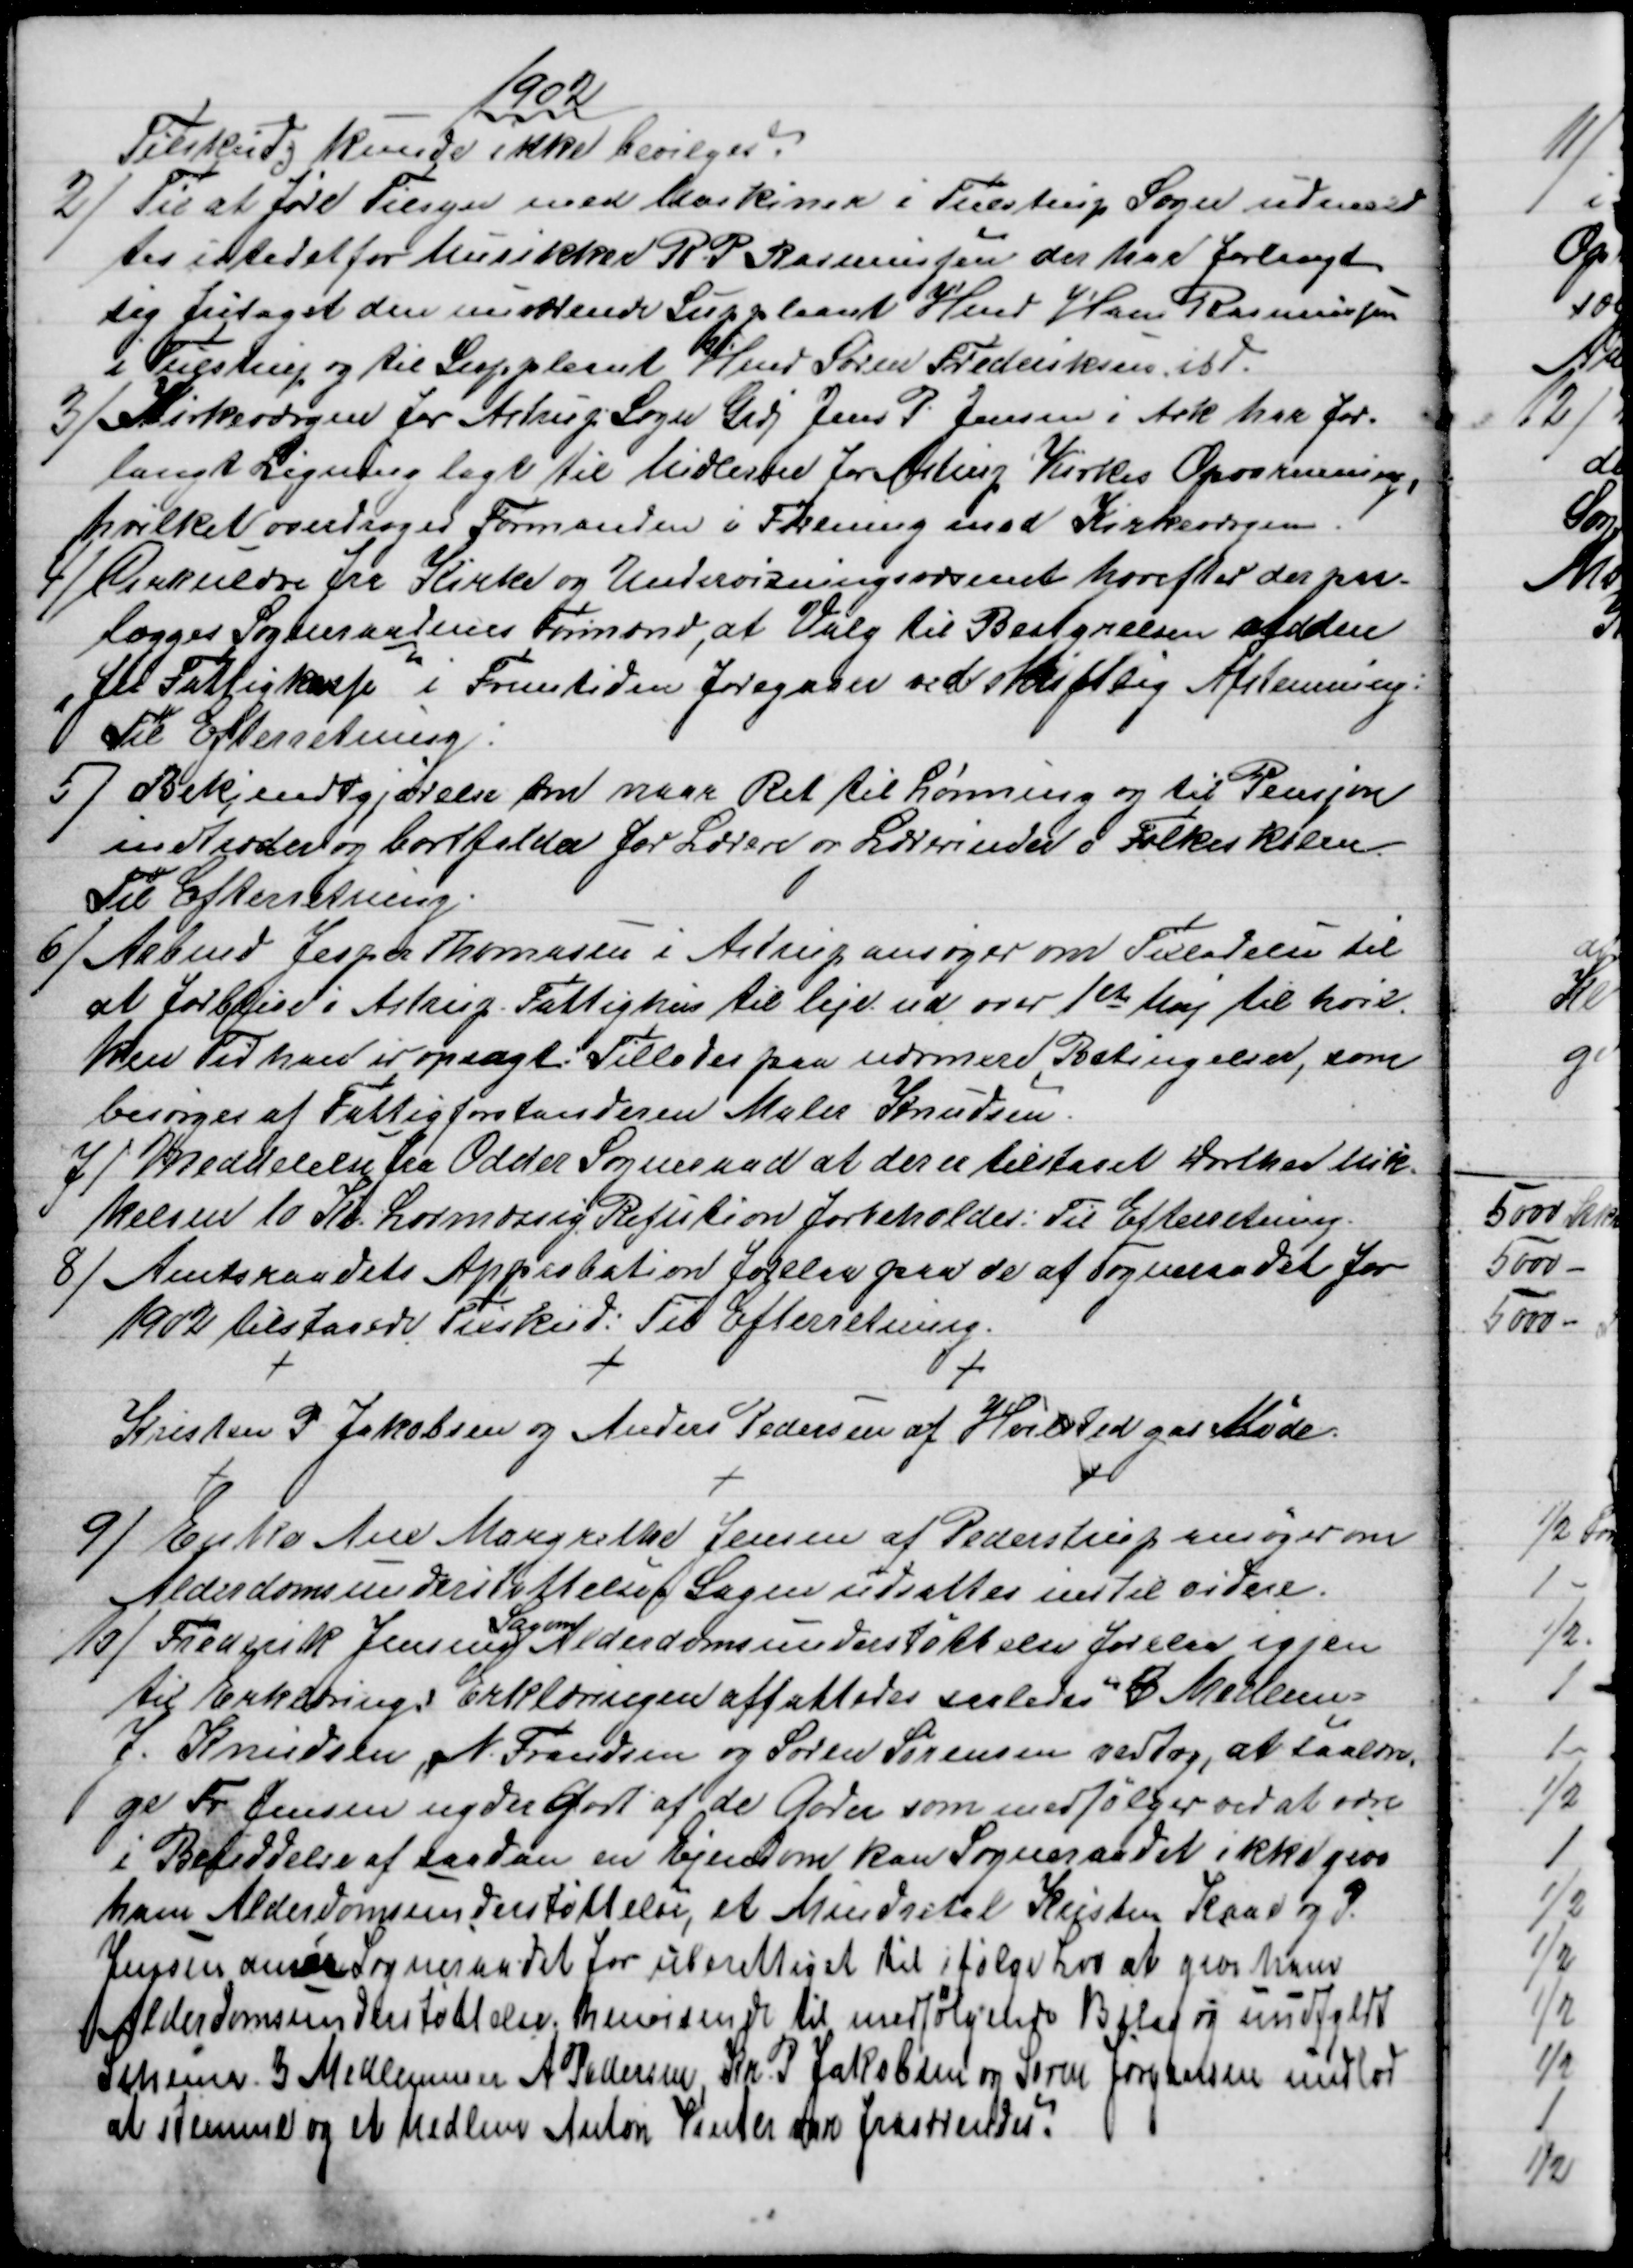
Transskription:
1902
Tilskud; kunde ikke bevilges.
2) 
Til at føre Tilsyn med Maskiner i Tulstrup Sogn udmeld
tes istedet for Musikker R P Rasmussen der har forlangt
sig fritaget den nuværende Suppleant Hmd Hans Rasmussen
i Tulstrup og til Suppleant Hmd Søren Frederiksen ibd.
3)
Kirkeværgen for Astrup Sogn Grdj Jens P. Jensen i Ask har for-
langt Ligning lagt til Midlerne for Astrup Kirkes Opvarmning,
hvilket overdroges Formanden i Forening med Kirkeværgen.
4) 
Cirkulære fra Kirke og Undervisningsvæsenet hvorefter der paa-
lægges Sogneraadenes Formand, at Valg til Bestyrelsen af den
fri Fattigkasse i Fremtiden foregaaer ved skriftlig Afstemning:
Til Efterretning.
5) 
Bekjendtgjørelse om naar Ret til Lønning og til Pensjon
indtræder og bortfalder for Lærere og Lærerinder i Folkeskolen.
Til Efterretning.
6) 
 Arbmd Jesper Thomasen i Astrup ansøger om Tilladelse til
at forblive i Astrup. Fattighus til leje ud over 1ste Maj til hvil-
ken Tid han er opsagt. Tillades paa nærmere Betingelser, som
besørges af Fattigforstanderen Maler Knudsen.
7) 
Meddelelse fra Odder Sogneraad at der er tilstaaet Dorthea Mik-
kelsen 10 Kr. Lovmæssig Refution forbeholdes: Til Efterretning.
8)
Amtsraadets Approbation forelaa paa de af Sogneraadet for
1902 tilstaaede Tilskud. Til Efterretning.
Kristen P. Jakobsen og Anders Pedersen af Hvilsted gav Møde.
9) 
Enke Ane Margrethe Jensen af Pederstrup ansøger om
Alderdomsunderstøttelse Sagen udsattes indtil videre.
10)
Frederik Jensens 
Sag om
Alderdomsunderstøttelse forelaa igjen
til Erklæring: Erklæringen affattedes saaledes 3 Medlem=
J. Knudsen, N. Frandsen og Søren Sørensen vedtog, at saalæn
ge Fr Jensen nyder godt af de Goder som medfølger ved at være
i Besiddelse af saadan en Ejendom kan Sogneraadet ikke give
ham Alderdomsunderstøttelse, et Mindretal Kristen Kaae og P.
Jensen anser Sogneraadet for uberettiget til ifølge Lov at give han
Alderdomsunderstøttelse, henviser til medfølgende Bilag og uudfyldt
Schema. 3 Medlemmer A Pedersen, Kr. P. Jakobsen og Søren Jørgelsen undlod
at stemme og et Medlem Anton Vinter var fraværende.